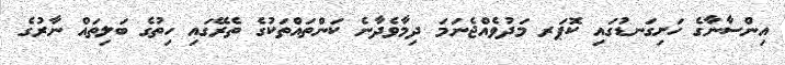
އިންސާނާގެ ހަށިގަނޑުގައި ކޮޕަރ މަދުވެއްޖެނަމަ ދިމާވެދާނެ ކަންތައްތަކުގެ ތެރޭގައި ހިތުގެ ބަލިތައް ނާރުގެ